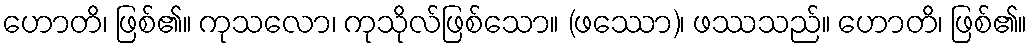
ဟောတိ၊ ဖြစ်၏။ ကုသလော၊ ကုသိုလ်ဖြစ်သော။ (ဖဿော)၊ ဖဿသည်။ ဟောတိ၊ ဖြစ်၏။